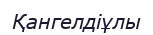
Қангелдіұлы